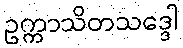
ဥက္ကာသိတသဒ္ဒေါ